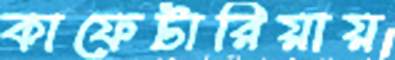
কাফেটারিয়ায়